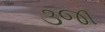
૩જા